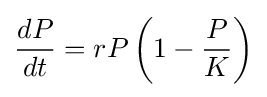
{\frac {dP}{dt}}=rP\left(1-{\frac {P}{K}}\right)